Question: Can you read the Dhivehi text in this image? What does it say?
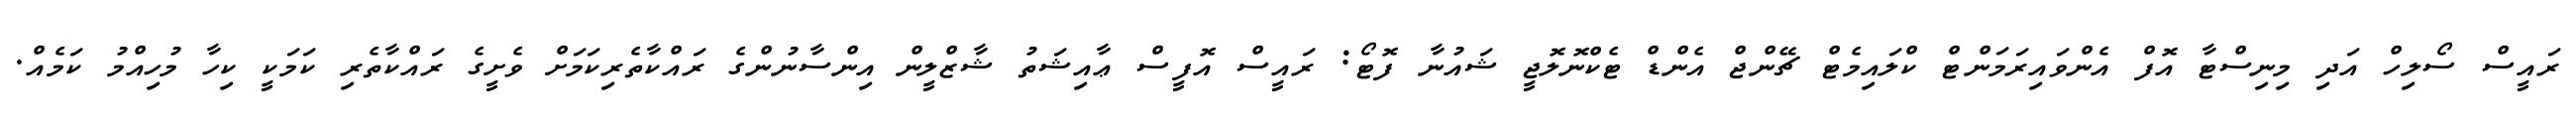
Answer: ރައީސް ސޯލިހް އަދި މިނިސްޓާ އޮފް އެންވައިރަމަންޓް ކްލައިމެޓް ޗޭންޖް އެންޑް ޓެކްނޮލޮޖީ ޝައުނާ ފޮޓޯ: ރައީސް އޮފީސް ޢާއިޝަތު ޝާޒްލީން އިންސާނުންގެ ރައްކާތެރިކަމަށް ވެށީގެ ރައްކާތެރި ކަމަކީ ކިހާ މުހިއްމު ކަމެއް.